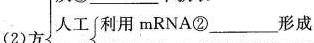
(2)方法人工利用mRNA②___形成